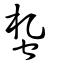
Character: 蚻